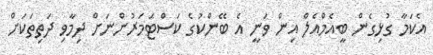
އެކަމާ ގުޅިގެން ބީއެމްއެލް އިން ވަނީ އެ ބޭންކުގެ ކަސްޓަމަރުންނަށް ދިމާވި ދަތިތަކަށް